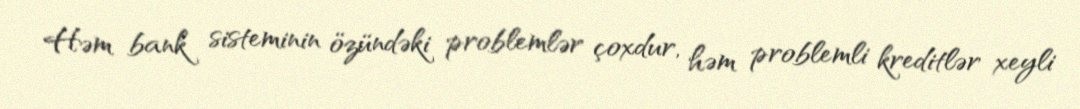
Həm bank sisteminin özündəki problemlər çoxdur, həm problemli kreditlər xeyli